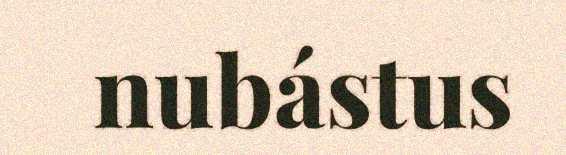
nubástus